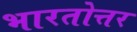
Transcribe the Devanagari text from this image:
भारतोत्तर